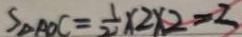
S _ { \Delta A O C } = \frac { 1 } { 2 } \times 2 \times 2 = 3